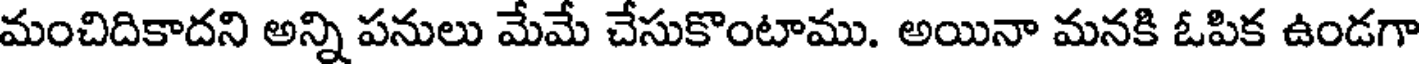
మంచిదికాదని అన్ని పనులు మేమే చేసుకొంటాము. అయినా మనకి ఓపిక ఉండగా